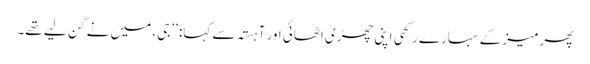
پھر میز کے سہارے رکھی اپنی چھڑی اٹھائی اور آہستہ سے کہا: ’’جی، میں نے گن لیے تھے۔